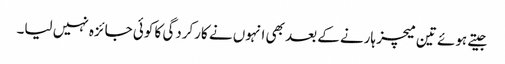
جیتے ہوئے تین میچز ہارنے کے بعد بھی انہوں نے کارکردگی کا کوئی جائزہ نہیں لیا۔